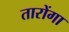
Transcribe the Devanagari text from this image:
तारोंगा